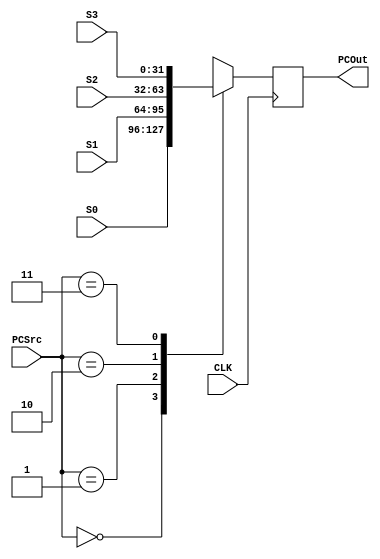
`timescale 1ns / 1ps

module PCMultiplexer(
    input CLK,
    input [1:0] PCSrc,
    input [31:0] S0,
    input [31:0] S1,
    input [31:0] S2,
    input [31:0] S3,
    output reg [31:0] PCOut
    );
    
    always@(posedge CLK) begin

        case(PCSrc)
            2'b00: PCOut <= S0;
            2'b01: PCOut <= S1;
            2'b10: PCOut <= S2;
            2'b11: PCOut <= S3;
        endcase
    end

endmodule